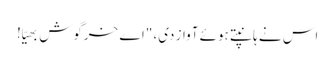
اس نے ہانپتے ہوئے آواز دی، "اے خرگوش بھیّا!